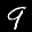
Label: 9